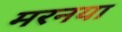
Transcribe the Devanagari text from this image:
मरनया